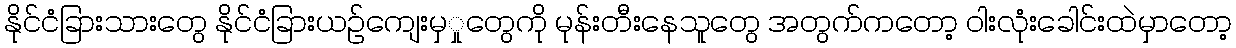
နိုင်ငံခြားသားတွေ နိုင်ငံခြားယဉ်ကျေးမှှုတွေကို မုန်းတီးနေသူတွေ အတွက်ကတော့ ဝါးလုံးခေါင်းထဲမှာတော့